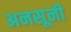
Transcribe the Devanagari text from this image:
अनसूनी